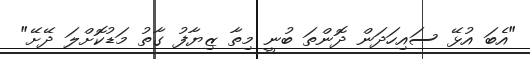
"އެބަ އުޅޭ ސައިހަދަން ދޮންތަ ބުނީ މިތާ ޒިޔާފު ގާތު މަޑުކޮށްލަ ދޭށޭ"